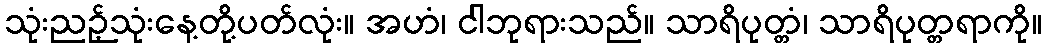
သုံးညဉ့်သုံးနေ့တို့ပတ်လုံး။ အဟံ၊ ငါဘုရားသည်။ သာရိပုတ္တံ၊ သာရိပုတ္တရာကို။